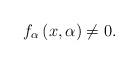
LaTeX: \begin{align*}f_{\alpha}\left( x,\alpha\right) \not =0. \end{align*}